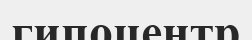
гипоцентр